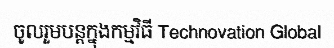
ចូលរួមបន្តក្នុងកម្មវិធី Technovation Global